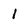
Character: 1